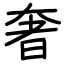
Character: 奢